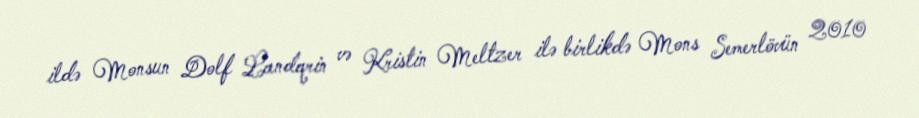
ildə Monsun Dolf Landqrin və Kristin Meltzer ilə birlikdə Mons Semerlövün 2010